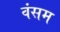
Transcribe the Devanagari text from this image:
वंसम